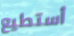
أستطيع